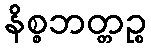
နိစ္စဘတ္တဉ္စ